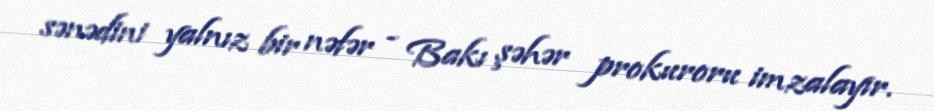
sənədini yalnız bir nəfər - Bakı şəhər prokuroru imzalayır.